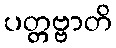
ပတ္တဗ္ဗာတိ